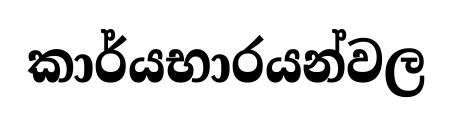
කාර්යභාරයන්වල